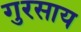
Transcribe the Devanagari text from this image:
गुरसाय